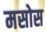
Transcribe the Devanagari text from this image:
मसोस